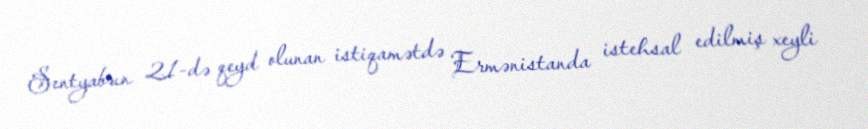
Sentyabrın 21-də qeyd olunan istiqamətdə Ermənistanda istehsal edilmiş xeyli